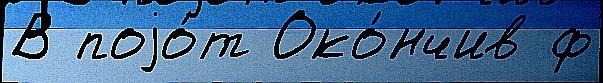
В поjо́т Око́нчив ф